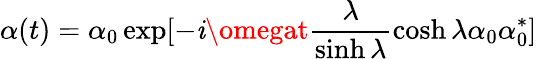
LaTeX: \alpha(t)=\alpha_{0}\exp[-\mathit{i}\omegat\frac{{\lambda}}{{\sinh\lambda}}\cosh\lambda\alpha_{0}\alpha_{0}^{*}]